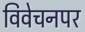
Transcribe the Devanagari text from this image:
विवेचनपर